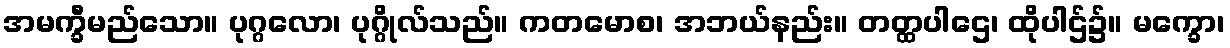
အမက္ခီမည်သော။ ပုဂ္ဂလော၊ ပုဂ္ဂိုလ်သည်။ ကတမောစ၊ အဘယ်နည်း။ တတ္ထပါဌေ၊ ထိုပါဌ်၌။ မက္ခော၊